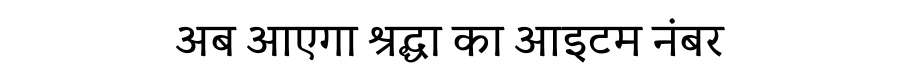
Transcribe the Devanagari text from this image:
अब आएगा श्रद्धा का आइटम नंबर